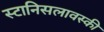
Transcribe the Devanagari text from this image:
स्टानिसलावस्की